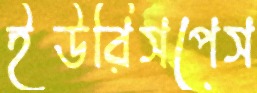
ইউরিসপেস